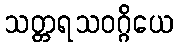
သတ္တရသဝဂ္ဂိယေ